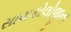
સાયકોલોજીના